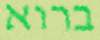
ברוא